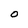
Character: 0